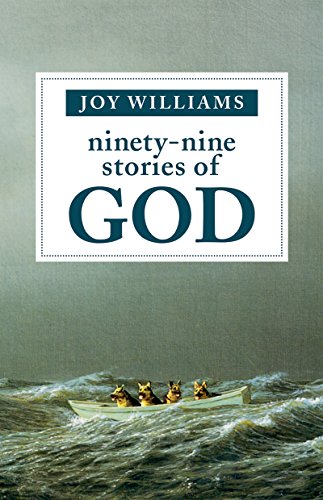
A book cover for Ninety-Nine Stories of God; Joy Williams; Religion & Spirituality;